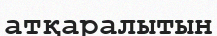
атқаралытын